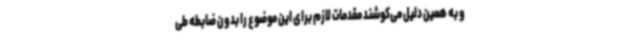
و به همین دلیل می‌کوشند مقدمات لازم برای این موضوع را بدون ضابطه طی